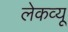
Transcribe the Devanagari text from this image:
लेकव्यू